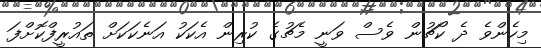
މިހެންވެ ދެ ކޯޗުން ވެސް ވަނީ މެޗުގެ ކުރިން އެކަކު އަނެކަކަށް ތައުރީފްކޮށްފަ